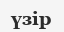
үзір